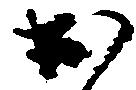
出